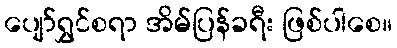
ပျော်ရွှင်စရာ အိမ်ပြန်ခရီး ဖြစ်ပါစေ။